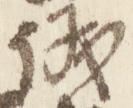
議